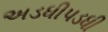
અડધીપડધી